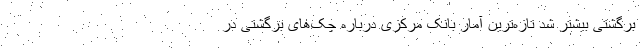
برگشتی بیشتر شد تازه‌ترین آمار بانک مرکزی درباره چک‌های برگشتی در